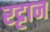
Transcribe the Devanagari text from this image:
रट्टान